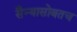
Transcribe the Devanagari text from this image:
सैन्यासोबतच